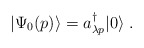
\begin{align*}|\Psi_0(p) \rangle = a^\dagger_{\lambda p} |0 \rangle \; .\end{align*}